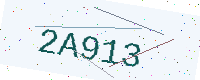
Text: 2A913